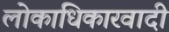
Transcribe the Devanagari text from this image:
लोकाधिकारवादी